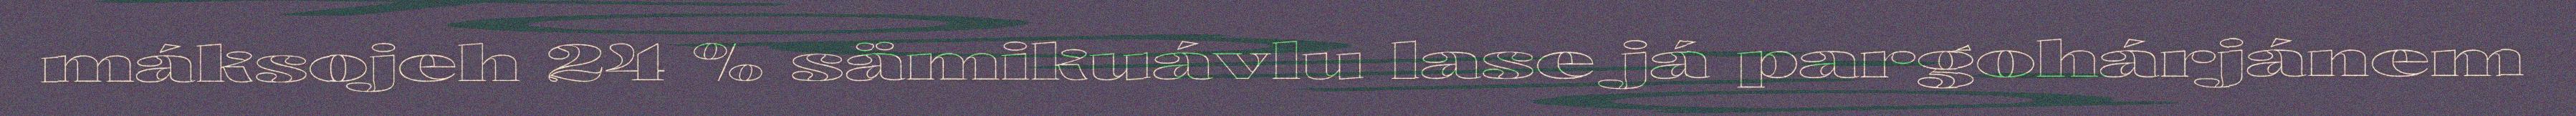
máksojeh 24 % sämikuávlu lase já pargohárjánem